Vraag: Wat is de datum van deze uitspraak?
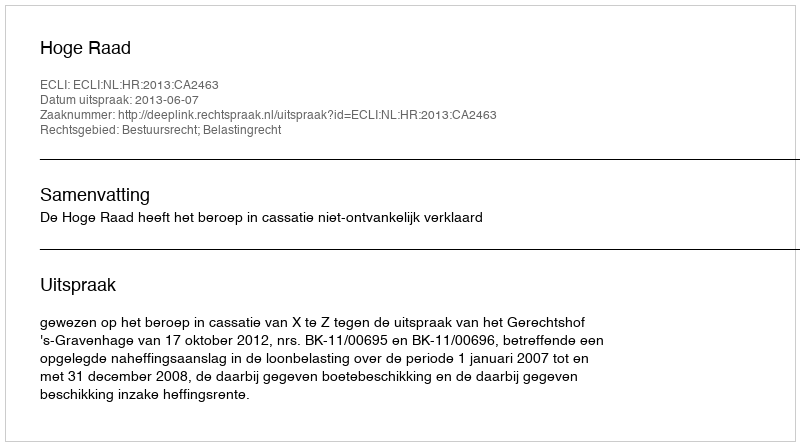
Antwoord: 2013-06-07